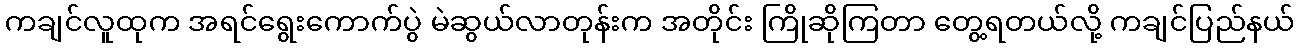
ကချင်လူထုက အရင်ရွေးကောက်ပွဲ မဲဆွယ်လာတုန်းက အတိုင်း ကြိုဆိုကြတာ တွေ့ရတယ်လို့ ကချင်ပြည်နယ်